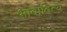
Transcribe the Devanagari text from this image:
भावादित्य